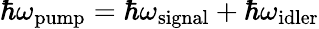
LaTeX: \hbar\omega_{\mathrm{pump}}=\hbar\omega_{\mathrm{signal}}+\hbar\omega_{\mathrm{idler}}